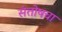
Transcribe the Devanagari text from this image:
संतोषचा